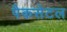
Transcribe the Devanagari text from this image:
पैकसेटल